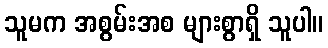
သူမက အစွမ်းအစ များစွာရှိ သူပါ။